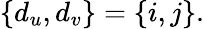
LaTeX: \{ d_{u},d_{v}\} =\{ i,j\} .